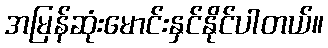
အမြန်ဆုံးမောင်းနှင်နိုင်ပါတယ်။